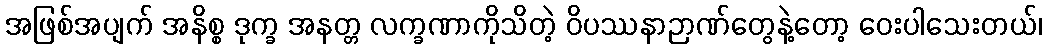
အဖြစ်အပျက် အနိစ္စ ဒုက္ခ အနတ္တ လက္ခဏာကိုသိတဲ့ ဝိပဿနာဉာဏ်တွေနဲ့တော့ ဝေးပါသေးတယ်၊